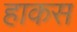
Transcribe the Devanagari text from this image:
हाकस